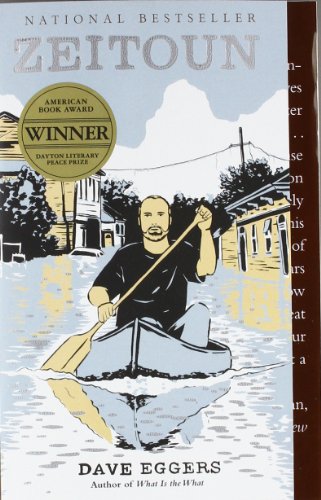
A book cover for Zeitoun; Dave Eggers; Science & Math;